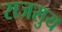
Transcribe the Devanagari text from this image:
राजसुय